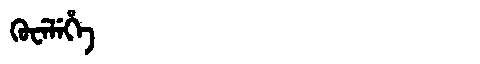
Manchu: ᡴᡠᠸᡝᠯᡝᡥᡝ
Romanization: KUWELEHE